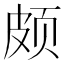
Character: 颇